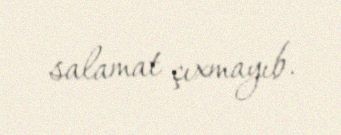
salamat çıxmayıb.